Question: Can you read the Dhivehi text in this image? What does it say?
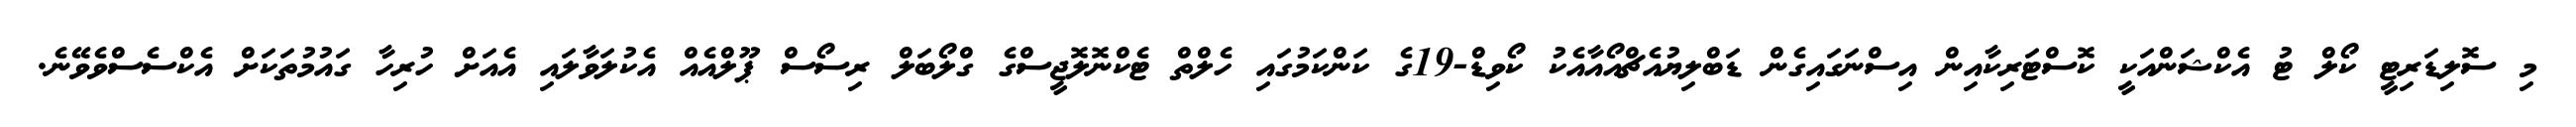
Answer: މި ސޮލިޑަރިޓީ ކޯލް ޓު އެކްޝަންއަކީ ކޮސްޓަރިކާއިން އިސްނަގައިގެން ޑަބްލިޔުއެޗްއޯއާއެކު ކޯވިޑް-19ގެ ކަންކަމުގައި ހެލްތް ޓެކްނޮލޮޖީސްގެ ގްލޯބަލް ރިސޯސް ޕޫލްއެއް އެކުލަވާލައި އެއަށް ހުރިހާ ގައުމުތަކަށް އެކްސެސްވެވޭނެ.